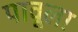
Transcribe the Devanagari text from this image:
पावूला